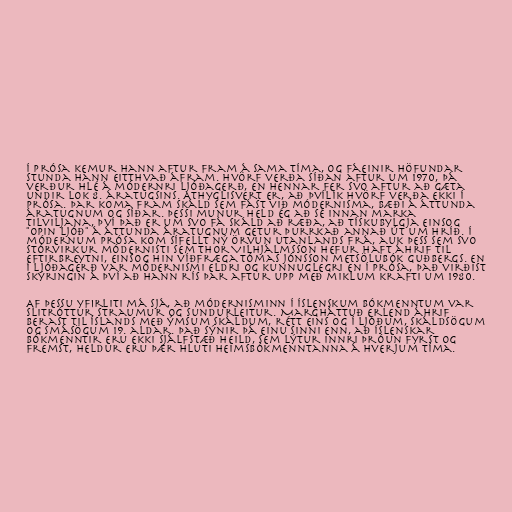
Í prósa kemur hann aftur fram á sama tíma, og fáeinir höfundar
stunda hann eitthvað áfram. Hvörf verða síðan aftur um 1970, þá
verður hlé á módernri ljóðagerð, en hennar fer svo aftur að gæta
undir lok 8. áratugsins. Athyglisvert er, að þvílík hvörf verða ekki í
prósa. Þar koma fram skáld sem fást við módernisma, bæði á áttunda
áratugnum og síðar. Þessi munur held ég að sé innan marka
tilviljana, því það er um svo fá skáld að ræða, að tískubylgja einsog
"opin ljóð" á áttunda áratugnum getur þurrkað annað út um hríð. Í
módernum prósa kom sífellt ný örvun utanlands frá, auk þess sem svo
stórvirkur módernisti sem Thor Vilhjálmsson hefur haft áhrif til
eftirbreytni, einsog hin víðfræga Tómas Jónsson metsölubók Guðbergs. En
í ljóðagerð var módernismi eldri og kunnuglegri en í prósa, það virðist
skýringin á því að hann rís þar aftur upp með miklum krafti um 1980.

Af þessu yfirliti má sjá, að módernisminn í íslenskum bókmenntum var
slitróttur straumur og sundurleitur. Margháttuð erlend áhrif
berast til Íslands með ýmsum skáldum, rétt eins og í ljóðum, skáldsögum
og smásögum 19. aldar. Það sýnir þá einu sinni enn, að íslenskar
bókmenntir eru ekki sjálfstæð heild, sem lýtur innri þróun fyrst og
fremst, heldur eru þær hluti heimsbókmenntanna á hverjum tíma.